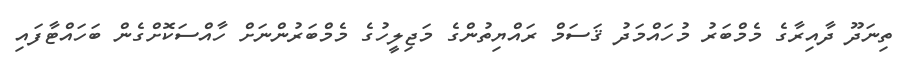
ތިނަދޫ ދާއިރާގެ މެމްބަރު މުހައްމަދު ޤަސަމް ރައްޔިތުންގެ މަޖިލީހުގެ މެމްބަރުންނަށް ހާއްސަކޮށްގެން ބަހައްޓާފައި